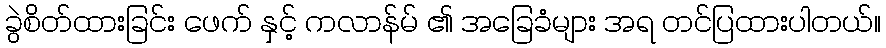
ခွဲစိတ်ထားခြင်း ဖေက် နှင့် ကလာန်မ် ၏ အခြေခံများ အရ တင်ပြထားပါတယ်။